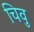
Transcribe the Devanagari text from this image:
चिवु